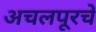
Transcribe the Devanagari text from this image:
अचलपूरचे